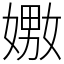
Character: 嫐